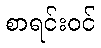
စာရင်းဝင်